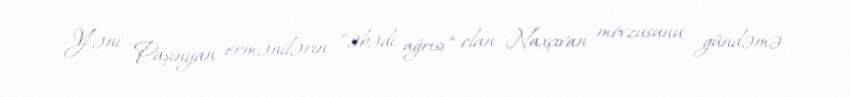
Yəni Paşinyan ermənilərin “əbədi ağrısı” olan Naxçıvan mövzusunu gündəmə